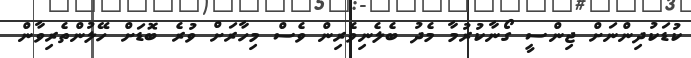
ކުޑަކުދިންނަށް ޖިންސީ ގޯނާކުރުމާ މެދު ބެލެނިވެރިން ވެސް މިހާރަށް ވުރެ ބޮޑަށް ހޭލުންތެރިވާން